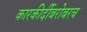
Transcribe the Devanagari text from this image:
कारकीर्दीबरोबरच